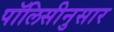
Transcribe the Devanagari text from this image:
पॉलिसीनुसार